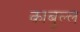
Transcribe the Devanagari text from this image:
काबुल्ल